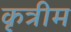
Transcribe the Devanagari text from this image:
कृत्रीम